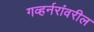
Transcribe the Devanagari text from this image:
गव्हर्नरांवरील